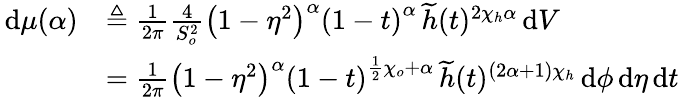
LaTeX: \begin{array}{rl}{\, \mathrm{d}\mu(\alpha)}&{\triangleq\frac{1}{2\pi}\frac{4}{S_{o}^{2}}\left(1-\eta^{2}\right)^{\alpha}\left(1-t\right)^{\alpha}\, \widetilde{h}(t)^{2\chi_{h}\alpha}\, \mathrm{d}V}\\ &{=\frac{1}{2\pi}\left(1-\eta^{2}\right)^{\alpha}\left(1-t\right)^{\frac{1}{2}\chi_{o}+\alpha}\, \widetilde{h}(t)^{\left(2\alpha+1\right)\chi_{h}}\, \mathrm{d}\phi\, \mathrm{d}\eta\, \mathrm{d}t}\end{array}